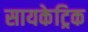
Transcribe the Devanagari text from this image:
सायकेट्रिक